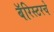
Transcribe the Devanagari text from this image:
बॅरिस्टरचे